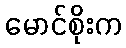
မောင်စိုးက